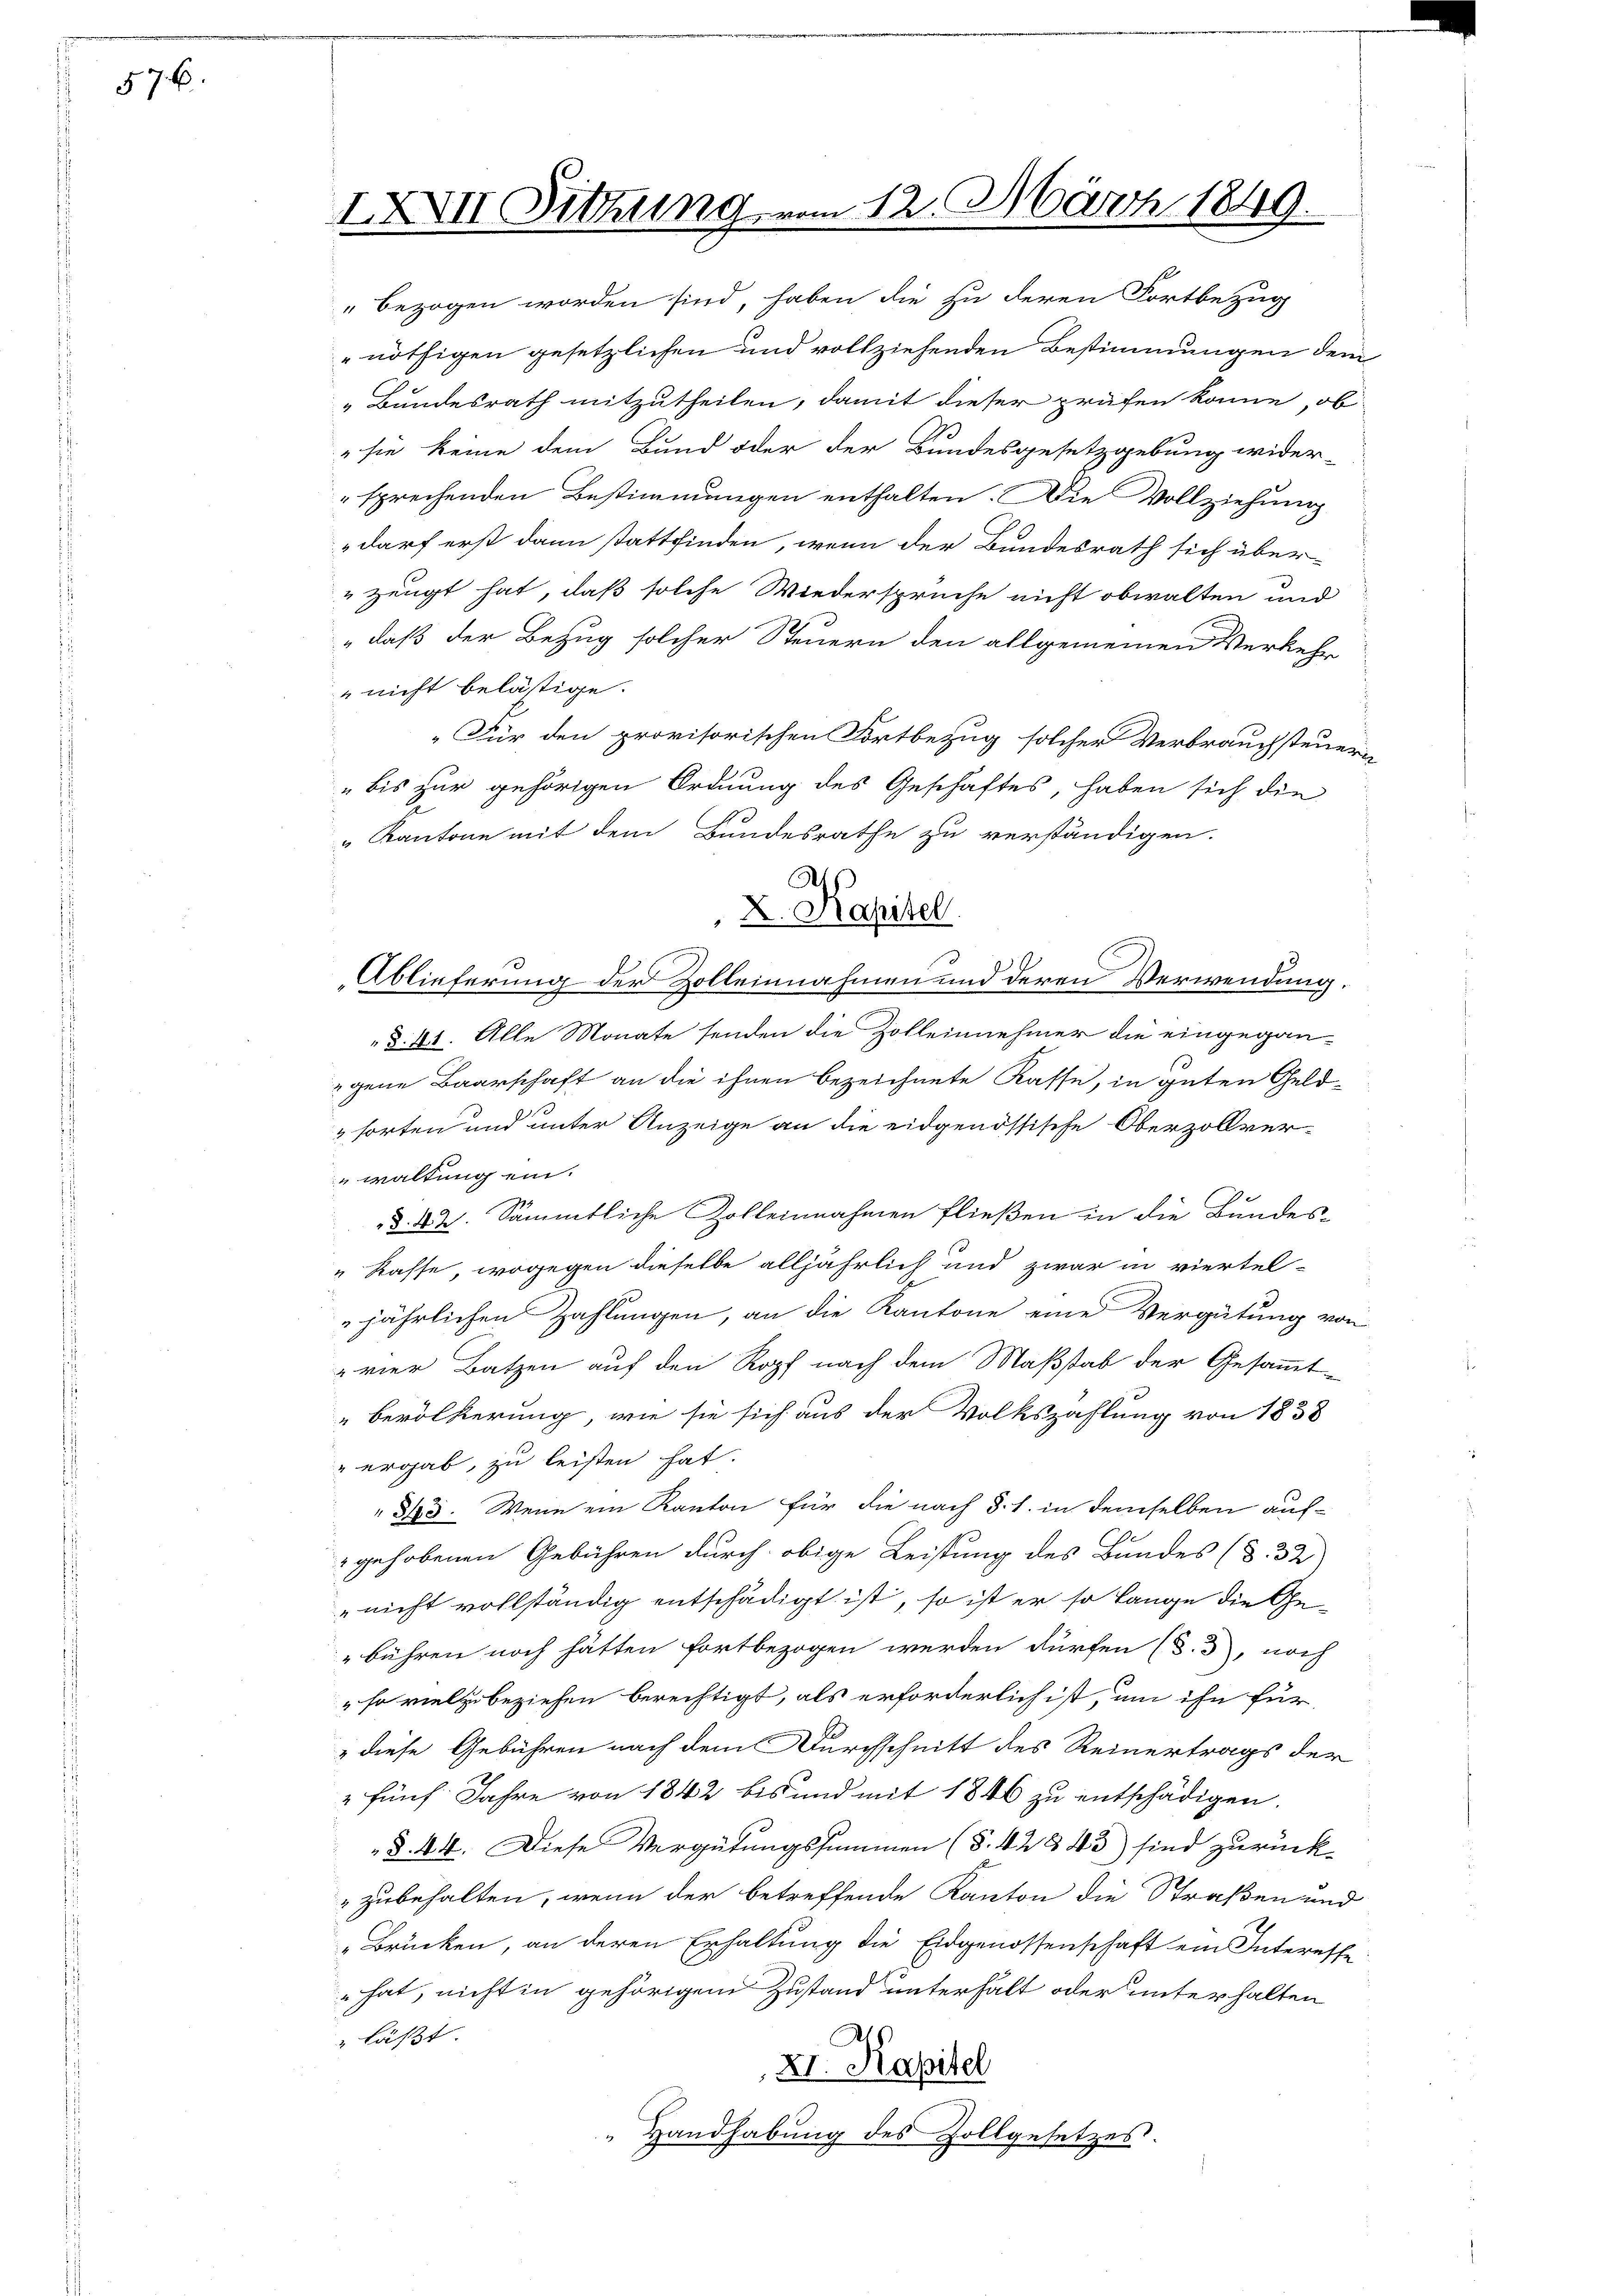
576.

IXXVII Sitzung vom 12. März 1849.

bezogen worden sind, haben die zu deren Fortbezug
nöthigen gesetzlichen und vollziehenden Bestimmungen dem
„Bundesrath mitzutheilen, damit dieser prüfen könne, ob
7
sie keine dem Bund oder der Bundesgesetzgebung wider-
sprechenden Bestimmungen enthalten. Die Vollziehung
„darf erst dann stattfinden, wenn der Bundesrath sich über
zeugt hat, daß solche Wiedersprüche nicht obwalten und
„daß der Bezug solcher Steuern den allgemeinen Verkehr
 nicht belästige.
„Für den provisorischen Fortbezug solcher Verbrauchsteuer
bis zur gehörigen Ordnung des Geschäftes, haben sich die
" Kantone mit dem Bundesrathe zu verständigen.
Ablieferung der Zolleinnahmen und deren Verwendung.
§. 21. Alle Monate senden die Zolleinnehmer die eingegangene Baarschaft an die ihnen bezeichnete Kasse, in guten Geld-
 forten und unter Anzeige an die eidgenössische Oberzollverwaltung ein.
§. 42. Sämmtliche Zolleinnahmen fließen in die Bundes-
" Kasse, wogegen dieselbe alljährlich und zwar in viertel-
jährlichen Zahlungen, an die Kantone eine Vergütung von
vier Batzen auf den Kopf nach dem Maßstab der Gesammt-
„Bevölkerung, wie sie sich aus der Volkszahlung von 1838
ergab, zu leisten hat.
8/25. Wenn ein Kanton für die nach §. 1. in demselben aufgehobenen Gebühren durch obige Leistung des Bundes (§. 32)
"nicht vollständig entschädigt ist, so ist er so lange die Gebühren noch hätten fortbezogen werden dürfen (S. 3, noch
so viel zu beziehen berechtigt, als erforderlich ist, um ihn für
" diese Gebühren nach dem Durchschnitt des Reinertrags der
2 fünf Jahre von 1842 bis und mit 1846 zu entschädigen.
§. 44. Diese Vergütungssummen (§. 42843) sind zurück-
zubehalten, wenn der betreffende Kanton die Straßen und
"Brücken, an deren Erhaltung die Eidgenossenschaft ein Interesse
hat, nicht in gehörigem Zustand unterhält oder unterhalten
" läßt.
XI. Kapitel
 Handhabung des Zollgesetzes.

d
X. Kapitel.